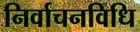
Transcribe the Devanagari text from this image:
निर्वाचनविधि